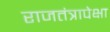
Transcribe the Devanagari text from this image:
राजतंत्रापेक्षा